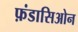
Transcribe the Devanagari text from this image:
फ़ंडासिओन